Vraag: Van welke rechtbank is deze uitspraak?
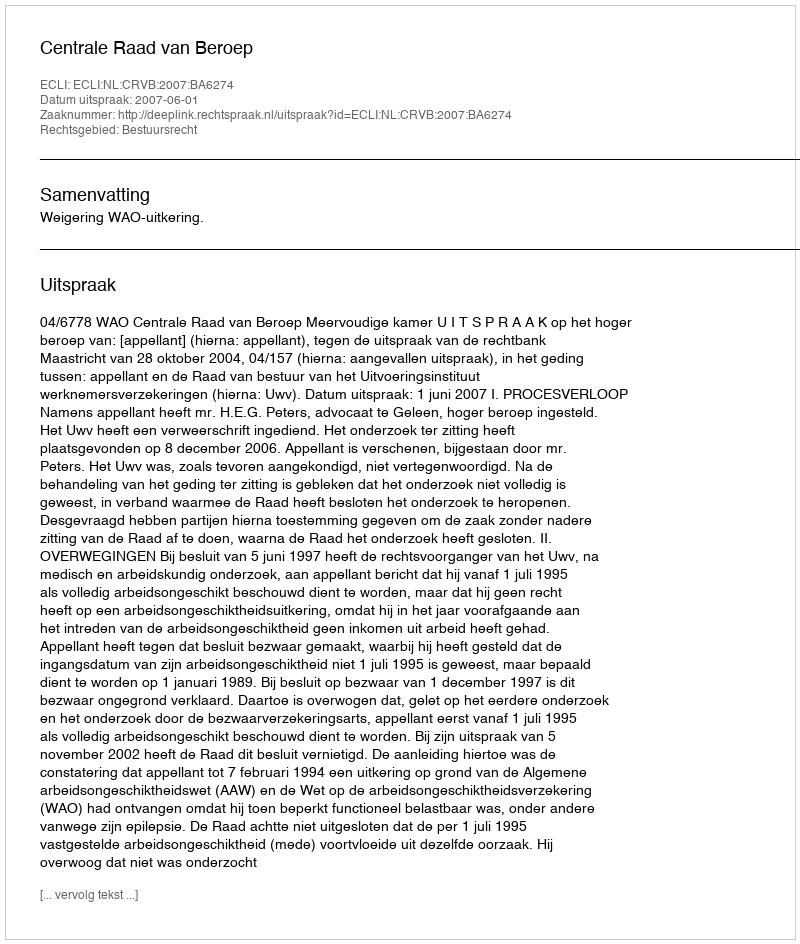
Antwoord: Centrale Raad van Beroep